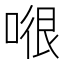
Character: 𭉂